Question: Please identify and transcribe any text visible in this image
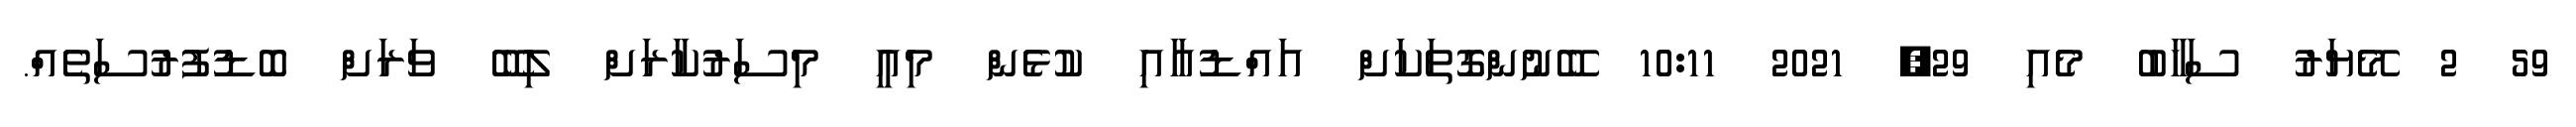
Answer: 59 2 މޭޔަރު ސަހާބު މެއި 29, 2021 10:11 ބޭނުންގޮތަކަށް އައްޑުއާއި ކުޅެން މިއީ މިސަރުކާރަށް ލިބޭ ވަރަށް ބޮޑުފުރުސަތެއް.